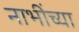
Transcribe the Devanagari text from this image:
नाभींच्या